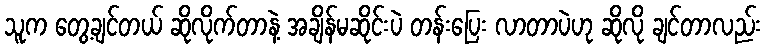
သူက တွေ့ချင်တယ် ဆိုလိုက်တာနဲ့ အချိန်မဆိုင်းပဲ တန်းပြေး လာတာပဲဟု ဆိုလို ချင်တာလည်း